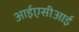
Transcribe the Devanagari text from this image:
आईएसीआई